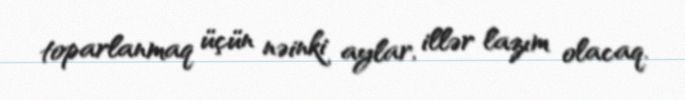
toparlanmaq üçün nəinki aylar, illər lazım olacaq.